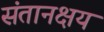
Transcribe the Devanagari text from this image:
संतानक्षय